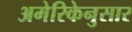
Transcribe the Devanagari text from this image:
अमेरिकेनुसार